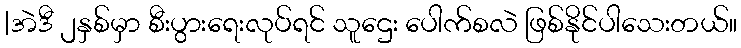
|အဲဒီ ၂နှစ်မှာ စီးပွားရေးလုပ်ရင် သူဌေး ပေါက်စလဲ ဖြစ်နိုင်ပါသေးတယ်။